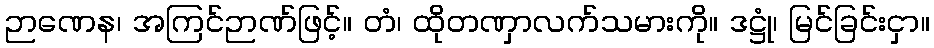
ဉာဏေန၊ အကြင်ဉာဏ်ဖြင့်။ တံ၊ ထိုတဏှာလက်သမားကို။ ဒဋ္ဌုံ၊ မြင်ခြင်းငှာ။